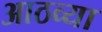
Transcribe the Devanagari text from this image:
आठव्‍या